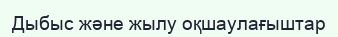
Дыбыс және жылу оқшаулағыштар